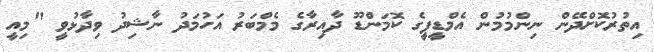
އިތުރުކޮށްދޭން ނިންމުމުން އެމްޑީޕީގެ ކޮމަންޑޫ ދާއިރާގެ މެމްބަރު އަހުމަދު ނާޝިދު ވިދާޅުވީ "މިއީ